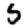
Digit: 5